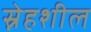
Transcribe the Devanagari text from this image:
स्नेहशील